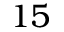
1 5